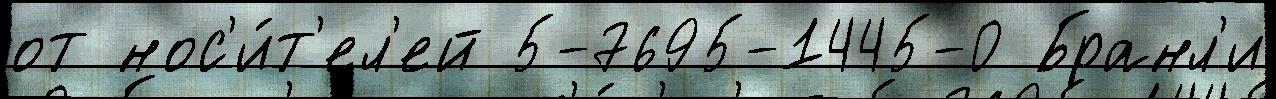
от нос'и́т'ел'ей 5-7695-1445-0 Бранл'и